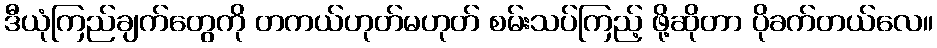
ဒီယုံကြည်ချက်တွေကို တကယ်ဟုတ်မဟုတ် စမ်းသပ်ကြည့် ဖို့ဆိုတာ ပိုခက်တယ်လေ။